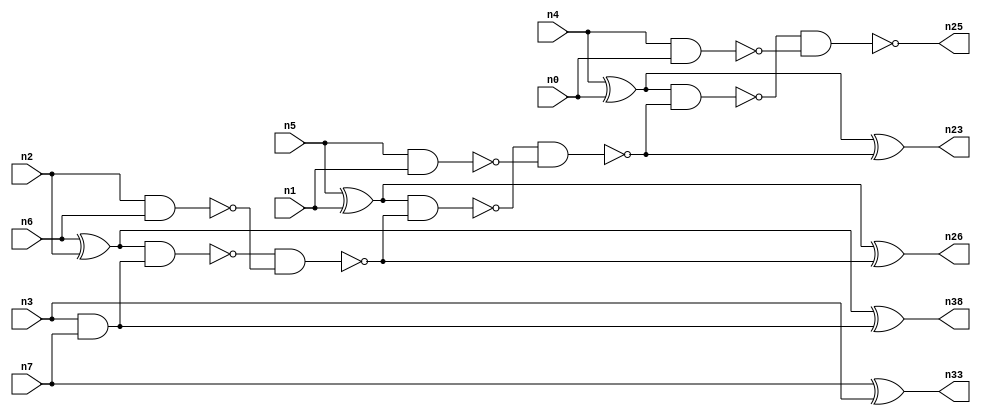
// This program was cloned from: https://github.com/umar-afzaal/ReCkt
// License: MIT License

// This file contains a pareto-optimal circuit with respect to pdp and the fault-resilince parameter p_fault which is defined as:
// "For all input vectors, the ratio of the no. of faults observable at the POs to the no. of total possible faults in the circuit".
// This code is part of the ReCkt library (https://github.com/umar-afzaal/ReCkt) distributed under The MIT License.
// When used, please cite the following article(s):
// U. Afzaal, A.S. Hassan, M. Usman and J.A. Lee, "On the Evolutionary Synthesis of Increased Fault-resilience Arithmetic Circuits".

// p_fault = 89.4 %    (Lower is better)
// gates = 22.0
// levels = 7
// area = 29.64    (For MCNC library relative to nand2)
// power = 110.2 uW    (Berkely-SIS for MCNC library @ Vdd=5V and 20 MHz clock)
// delay = 7.9 ns    (Berkely-ABC for MCNC library)
// PDP = 8.7058e-13 J

// Pin mapping:
// {n0, n1, n2, n3} = A[3:0]
// {n4, n5, n6, n7} = B[3:0]
// {n25, n23, n26, n38, n33} = O[4:0]

module addr4u_pdp_4 (
n0, n1, n2, n3, n4, n5, n6, n7, 
n25, n23, n26, n38, n33
);

input n0, n1, n2, n3, n4, n5, n6, n7;
output n25, n23, n26, n38, n33;
wire n15, n16, n8, n10, n13, n12, n31, n19, n18, n21, n24, n20, n9, n11, n14, n17, n22;

and (n8, n3, n7);
xor (n9, n6, n2);
xor (n10, n5, n1);
nand (n11, n5, n1);
nand (n12, n4, n0);
nand (n13, n2, n6);
xnor (n14, n7, n3);
xor (n15, n4, n0);
xor (n16, n9, n8);
nand (n17, n9, n8);
and (n18, n14, n14);
nand (n19, n17, n13);
nand (n20, n10, n19);
xnor (n21, n10, n19);
nand (n22, n20, n11);
xor (n23, n15, n22);
nand (n24, n15, n22);
nand (n25, n24, n12);
nand (n26, n21, n21);
and (n31, n14, n18);
nand (n33, n18, n31);
and (n38, n16, n16);

endmodule